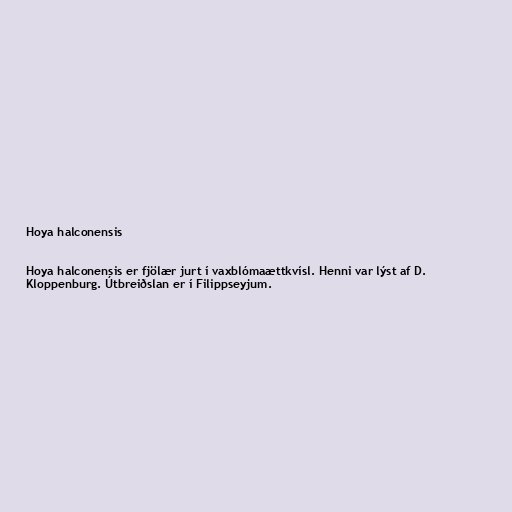
Hoya halconensis

Hoya halconensis er fjölær jurt í vaxblómaættkvísl. Henni var lýst af D.
Kloppenburg. Útbreiðslan er í Filippseyjum.